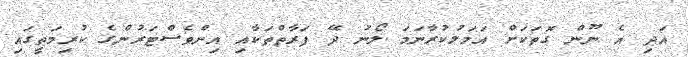
އަދި އެ ނޫން ގޮތަކަށް އަމަލުކުރާނަމަ ލޯނު ދޭ ފަރާތްތަކާއި އިންވެސްޓަރުންގެ ކުރިމަތީގައި